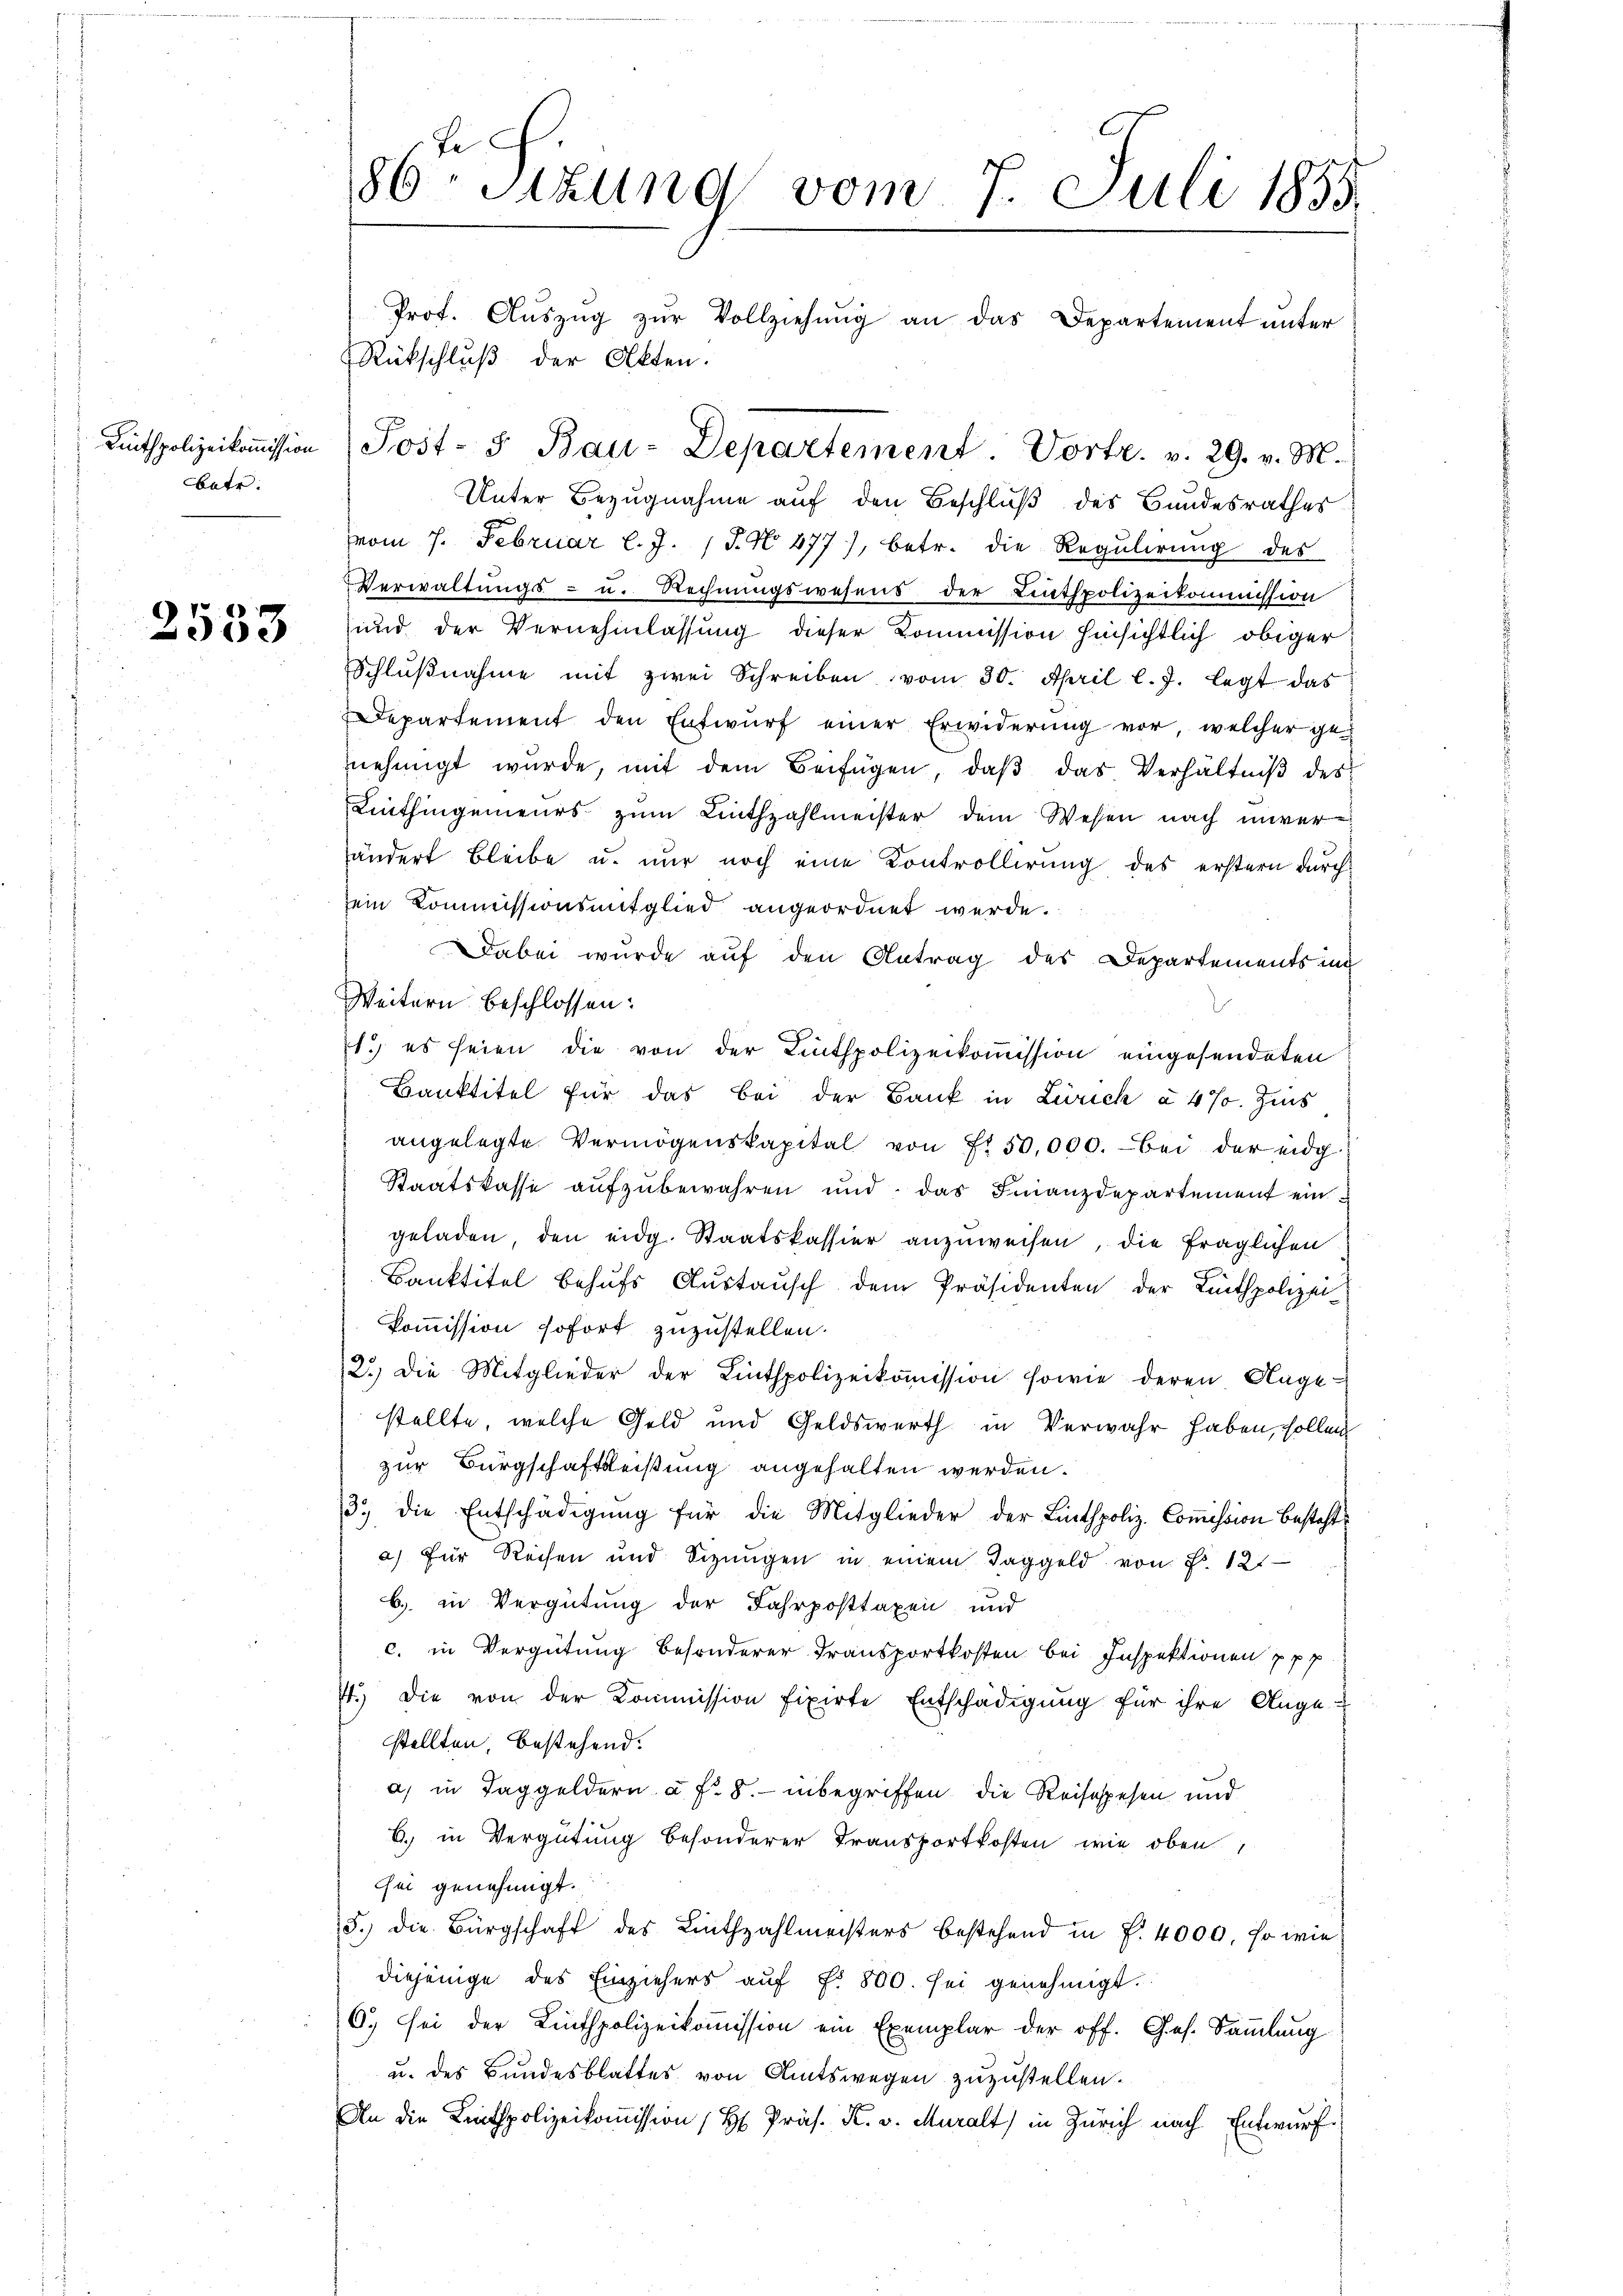
bate.

2533

86 Sitzung vom 7. Juli 1855.
Prot. Aŭszŭg zŭr Vollziehŭng an das Departement ŭnter
Rückschluß der Akten.
Kitspolizeikoṁission Post- & Bau-Departement. Vortr. v. 29. v. M.
Unter Bezugnahme auf den Beschluß des Bundesrathes

vom 7. Februar l. J. J. N. 477), betr. die Regŭlirŭng des
Verwaltungs- u. Rechnungswesens der Linthpolizeikommission
und der Vernehmlassung dieser Kommission hinsichtlich obiger
Schlŭβnahme mit zwei Schreiben vom 30. April l. J. legt das
Departement den Entwurf einer Erwiderung vor, welcher genehmigt wurde, mit dem Beifügen, daß das Verhältniß des
Linthingenieurs zum Linthzahlmeister dem Wesen nach unverhändert Bleibe u. nur noch eine Kontrollirung des erstern durch
sein Kommissionsmitglied angeordnet werde.
Dabei wurde auf den Antrag des Departements und
Weitern beschlossen:
1.) es seien die von der Linthpolizeikoṁission eingesendeten
Banktitel für das bei der Bank in Zürich à 4% Zins
angelegte Vermögenskapital von f. 50,000. bei der eidg.
Staatskasse aŭfzŭbewahren und das Finanzdepartement ein
geladen, den eidg. Staatskassier anzuweisen, die fraglichen
Banktitel behŭfs Austausch dem Präsidenten der Leitspolizei
Kommission sofort zuzustellen.
2.) Die Mitglieder der Linthpolizeikoṁission sowie deren Ange-
stellte, welche Geld und Geldswerth in Verwahr haben, sollen
zur Bürgschaftsleistung angehalten werden.
13. die Entschädigŭng für die Mitglieder der Linthpoliz-Coṁission besteht
a) für Reisen und Sizungen in einem Taggeld von Fr. 121
b.) in Vergütung der Fahrposttaxen und
c. in Vergütung besonderer Transportkosten bei Inspektionen pp. p
7.) Die von der Kommission fixirte Entschädigung für ihre Ange-
stellten, bestehend.
a) in Taggeldern a. f. 8. inbegriffen, die Reisespesen und
6. in Vergütung besonderer Transportkosten wie oben,
sei genehmigt.
5.) Die Bürgschaft des Linthzahlmeisters bestehend in P. 4000. so wiediejenige des Einziehers aŭf f. 800. sei genehmigt.
6. sei der Linthpolizeikoṁission ein Exemplar der off. Ges. Sammlung
u. des Bundesblattes von Amtswegen zuzustellen.
An die Leitspolizeikoṁission (H. Präs. K. v. Muralt) in Zürich nach Entwurf.